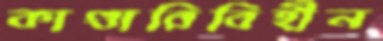
কাণ্ডারিবিহীন